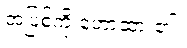
အပြစ်ကို ဟောထား၏။